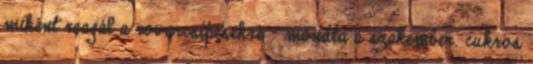
miként reagál a rovarcsípésekre – mondta a szakember. cukros